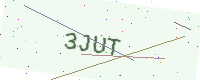
Text: 3JUT